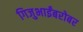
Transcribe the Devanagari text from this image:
गिजुभाईंबरोबर